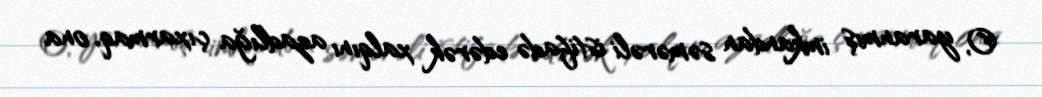
O, yaranmış imkandan səmərəli istifadə edərək xalqını azadlığa çıxarmaq, ona